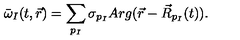
\bar { \omega } _ { I } ( t , \vec { r } ) = \sum _ { p _ { I } } \sigma _ { p _ { I } } A r g ( \vec { r } - \vec { R } _ { p _ { I } } ( t ) ) .